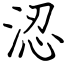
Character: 涊